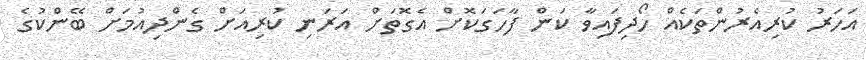
އަހަރު ކުރިއެރުންތަކެއް ހޯދިފައިވާ ކަން ފާހަގަކޮށް އެގޮތަށް އަރަނި ކުރިއަށް ގެންދިއުމަށް ބޭންކުގެ